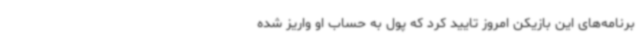
برنامه‌های این بازیکن امروز تایید کرد که پول به حساب او واریز شده